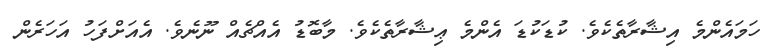
ހަމައެންމެ އިޝާރާތެކެވެ. ކުޑަކުޑަ އެންމެ ޢިޝާރާތެކެވެ. މާބޮޑު އެއްޗެއް ނޫނެވެ. އެއަށްފަހު އަހަރެން